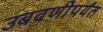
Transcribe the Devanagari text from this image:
उबवणीपर्यंत